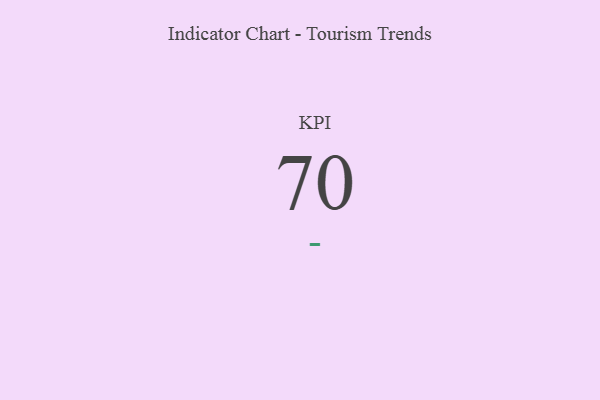
{"axis": {"x": "KPI", "y": "Value"}, "legend": [""], "data": [{"x": "KPI", "y": 70, "type": ""}]}